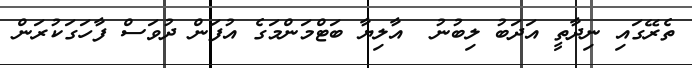
ތެރޭގައި ނިދާތީ އަދަބު ލިބުނު  އާލިޔާ ބަޓްމަންމަގެ އުފަން ދުވަސް ފާހަގަކުރަން